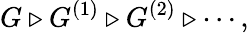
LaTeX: G\triangleright G^{(1)}\triangleright G^{(2)}\triangleright\cdots,